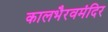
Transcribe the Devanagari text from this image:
कालभैरवमंदिर